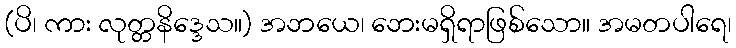
(ပိ၊ ကား လုတ္တနိဒ္ဒေသ။) အဘယေ၊ ဘေးမရှိရာဖြစ်သော။ အမတပါရေ၊